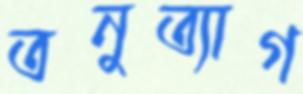
তনুত্যাগ